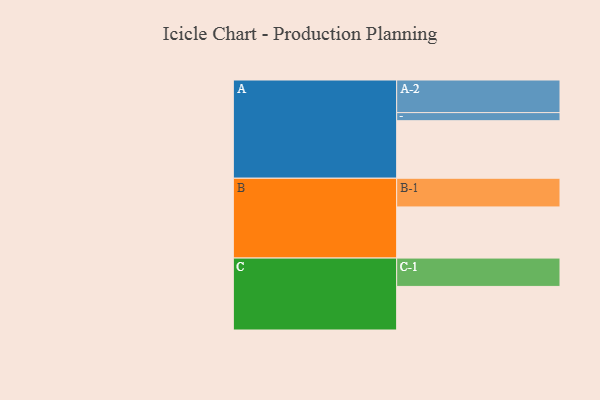
{"axis": {"x": "Segment", "y": "Value"}, "legend": ["", "A", "B", "C"], "data": [{"x": "A", "y": 503, "type": ""}, {"x": "B", "y": 447, "type": ""}, {"x": "C", "y": 381, "type": ""}, {"x": "A-1", "y": 71, "type": "A"}, {"x": "A-2", "y": 285, "type": "A"}, {"x": "B-1", "y": 251, "type": "B"}, {"x": "C-1", "y": 248, "type": "C"}]}